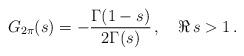
LaTeX: \begin{align*} G_{2\pi}(s)=-\frac{\Gamma(1-s)}{2\Gamma(s)}\,, \quad \Re\, s>1\,.\end{align*}